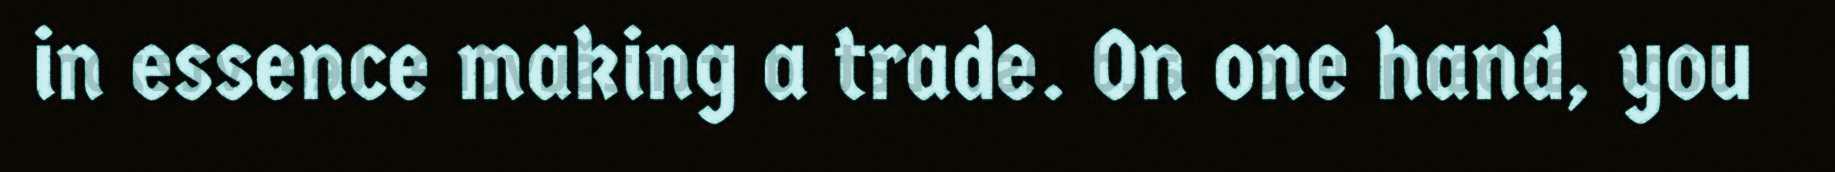
in essence making a trade. On one hand, you